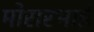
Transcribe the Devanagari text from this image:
मोरारभाई